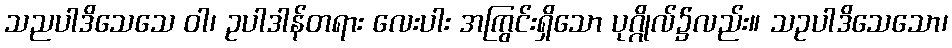
သညပါဒိသေသေ ဝါ၊ ဥပါဒါန်တရား လေးပါး အကြွင်းရှိသော ပုဂ္ဂိုလ်၌လည်း။ သဥပါဒိသေသော၊